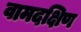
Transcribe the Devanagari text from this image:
वामदक्षिण